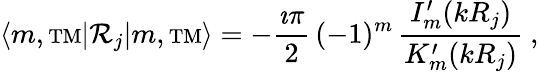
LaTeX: \langle m,{\mathrm{\scriptstyle TM}}|{\mathcal{R}}_{j}|m,{\mathrm{\scriptstyle TM}}\rangle=-\frac{\imath\pi}{2}\, (-1)^{m}\, \frac{I_{m}^{\prime}(kR_{j})}{K_{m}^{\prime}(kR_{j})}~,